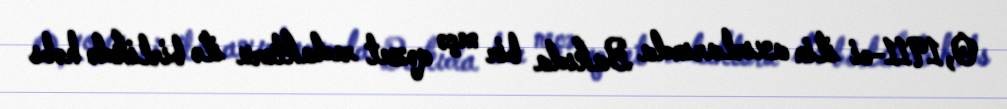
O, 1911-ci ilin axırlarında Bakıda bir neçə qəzet redaktoru ilə birlikdə həbs